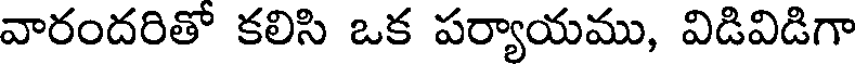
వారందరితో కలిసి ఒక పర్యాయము, విడివిడిగా